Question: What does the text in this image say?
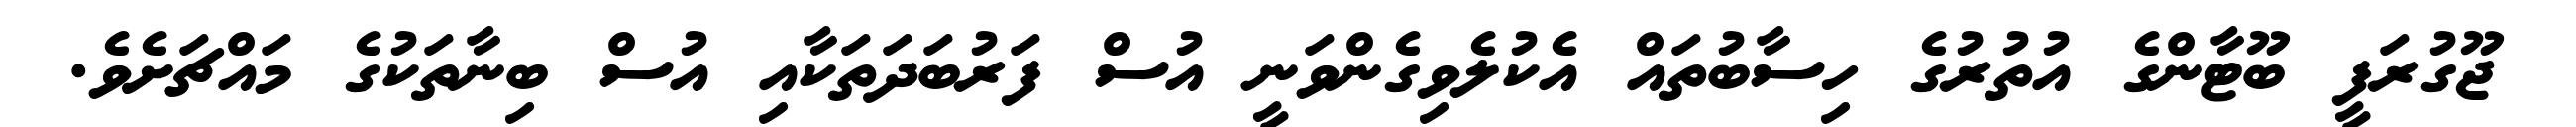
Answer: ޖޫގުރަފީ ބޫޓާންގެ އުތުރުގެ ހިސާބުތައް އެކުލެވިގެންވަނީ އުސް ފަރުބަދަތަކާއި އުސް ބިނާތަކުގެ މައްޗަށެވެ.